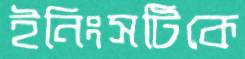
ইনিংসটিকে